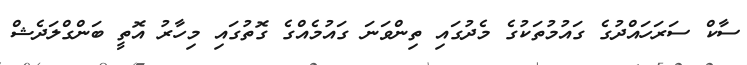
ސާކް ސަރަހައްދުގެ ގައުމުތަކުގެ މެދުގައި ތިންވަނަ ގައުމެއްގެ ގޮތުގައި މިހާރު އޮތީ ބަންގްލަދެޝް